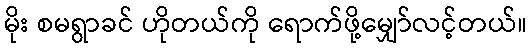
မိုး စမရွာခင် ဟိုတယ်ကို ရောက်ဖို့မျှော်လင့်တယ်။